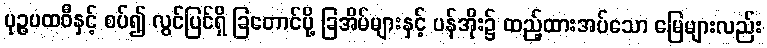
ပုဉ္ဇပထဝီနှင့် စပ်၍ လွင်ပြင်ရှိ ခြတောင်ပို့ ခြအိမ်များနှင့် ပန်အိုး၌ ထည့်ထားအပ်သော မြေများလည်း